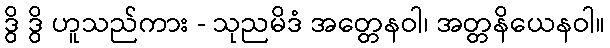
ဒွိ ဒွိ ဟူသည်ကား - သုညမိဒံ အတ္တေနဝါ၊ အတ္တနိယေနဝါ။